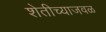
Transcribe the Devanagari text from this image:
शेतीच्याजवळ